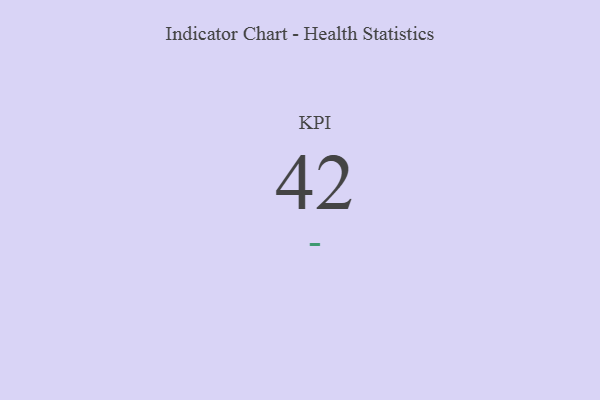
{"axis": {"x": "KPI", "y": "Value"}, "legend": [""], "data": [{"x": "KPI", "y": 42, "type": ""}]}